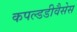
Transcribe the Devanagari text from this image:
कपल्डडीवैसेस